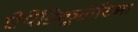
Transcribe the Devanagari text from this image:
ऐपेंडिकूलेरिआ